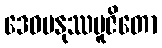
ဒေဝမနုဿပူဇိတော